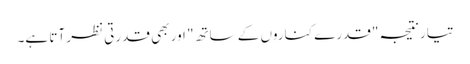
تیار نتیجہ "قدرے کناروں کے ساتھ" اور بھی قدرتی نظر آتا ہے۔